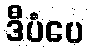
ဒီပံပေ